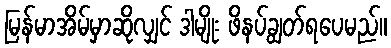
မြန်မာအိမ်မှာဆိုလျှင် ဒါမျိုး ဖိနပ်ချွတ်ရပေမည်။